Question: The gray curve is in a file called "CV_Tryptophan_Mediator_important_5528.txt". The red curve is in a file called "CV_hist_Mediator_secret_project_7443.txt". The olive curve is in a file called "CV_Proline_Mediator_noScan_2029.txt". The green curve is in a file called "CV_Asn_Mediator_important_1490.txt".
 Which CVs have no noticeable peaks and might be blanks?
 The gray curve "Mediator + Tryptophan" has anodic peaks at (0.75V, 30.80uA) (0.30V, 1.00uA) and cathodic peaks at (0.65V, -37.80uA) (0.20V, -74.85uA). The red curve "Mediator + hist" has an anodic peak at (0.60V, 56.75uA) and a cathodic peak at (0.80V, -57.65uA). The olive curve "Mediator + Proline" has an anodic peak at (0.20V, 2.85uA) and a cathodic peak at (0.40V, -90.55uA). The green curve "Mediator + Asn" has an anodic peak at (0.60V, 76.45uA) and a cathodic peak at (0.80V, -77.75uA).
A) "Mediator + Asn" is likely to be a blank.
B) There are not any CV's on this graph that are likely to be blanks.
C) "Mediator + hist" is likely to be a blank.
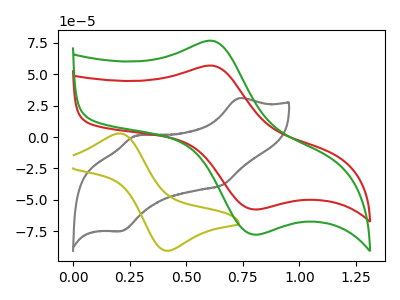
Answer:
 <answer>B) There are not any CV's on this graph that are likely to be blanks.</answer>
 <eval>B</eval>